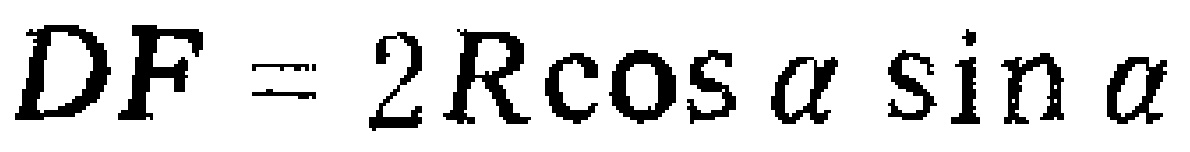
$DF = 2R\cos \alpha \sin \alpha$